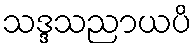
သဒ္ဒသညာယပိ